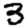
Digit: 3